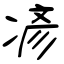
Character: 𫝏